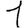
Digit: 1